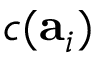
c ( \mathbf { a } _ { i } )